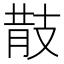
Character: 𢻎